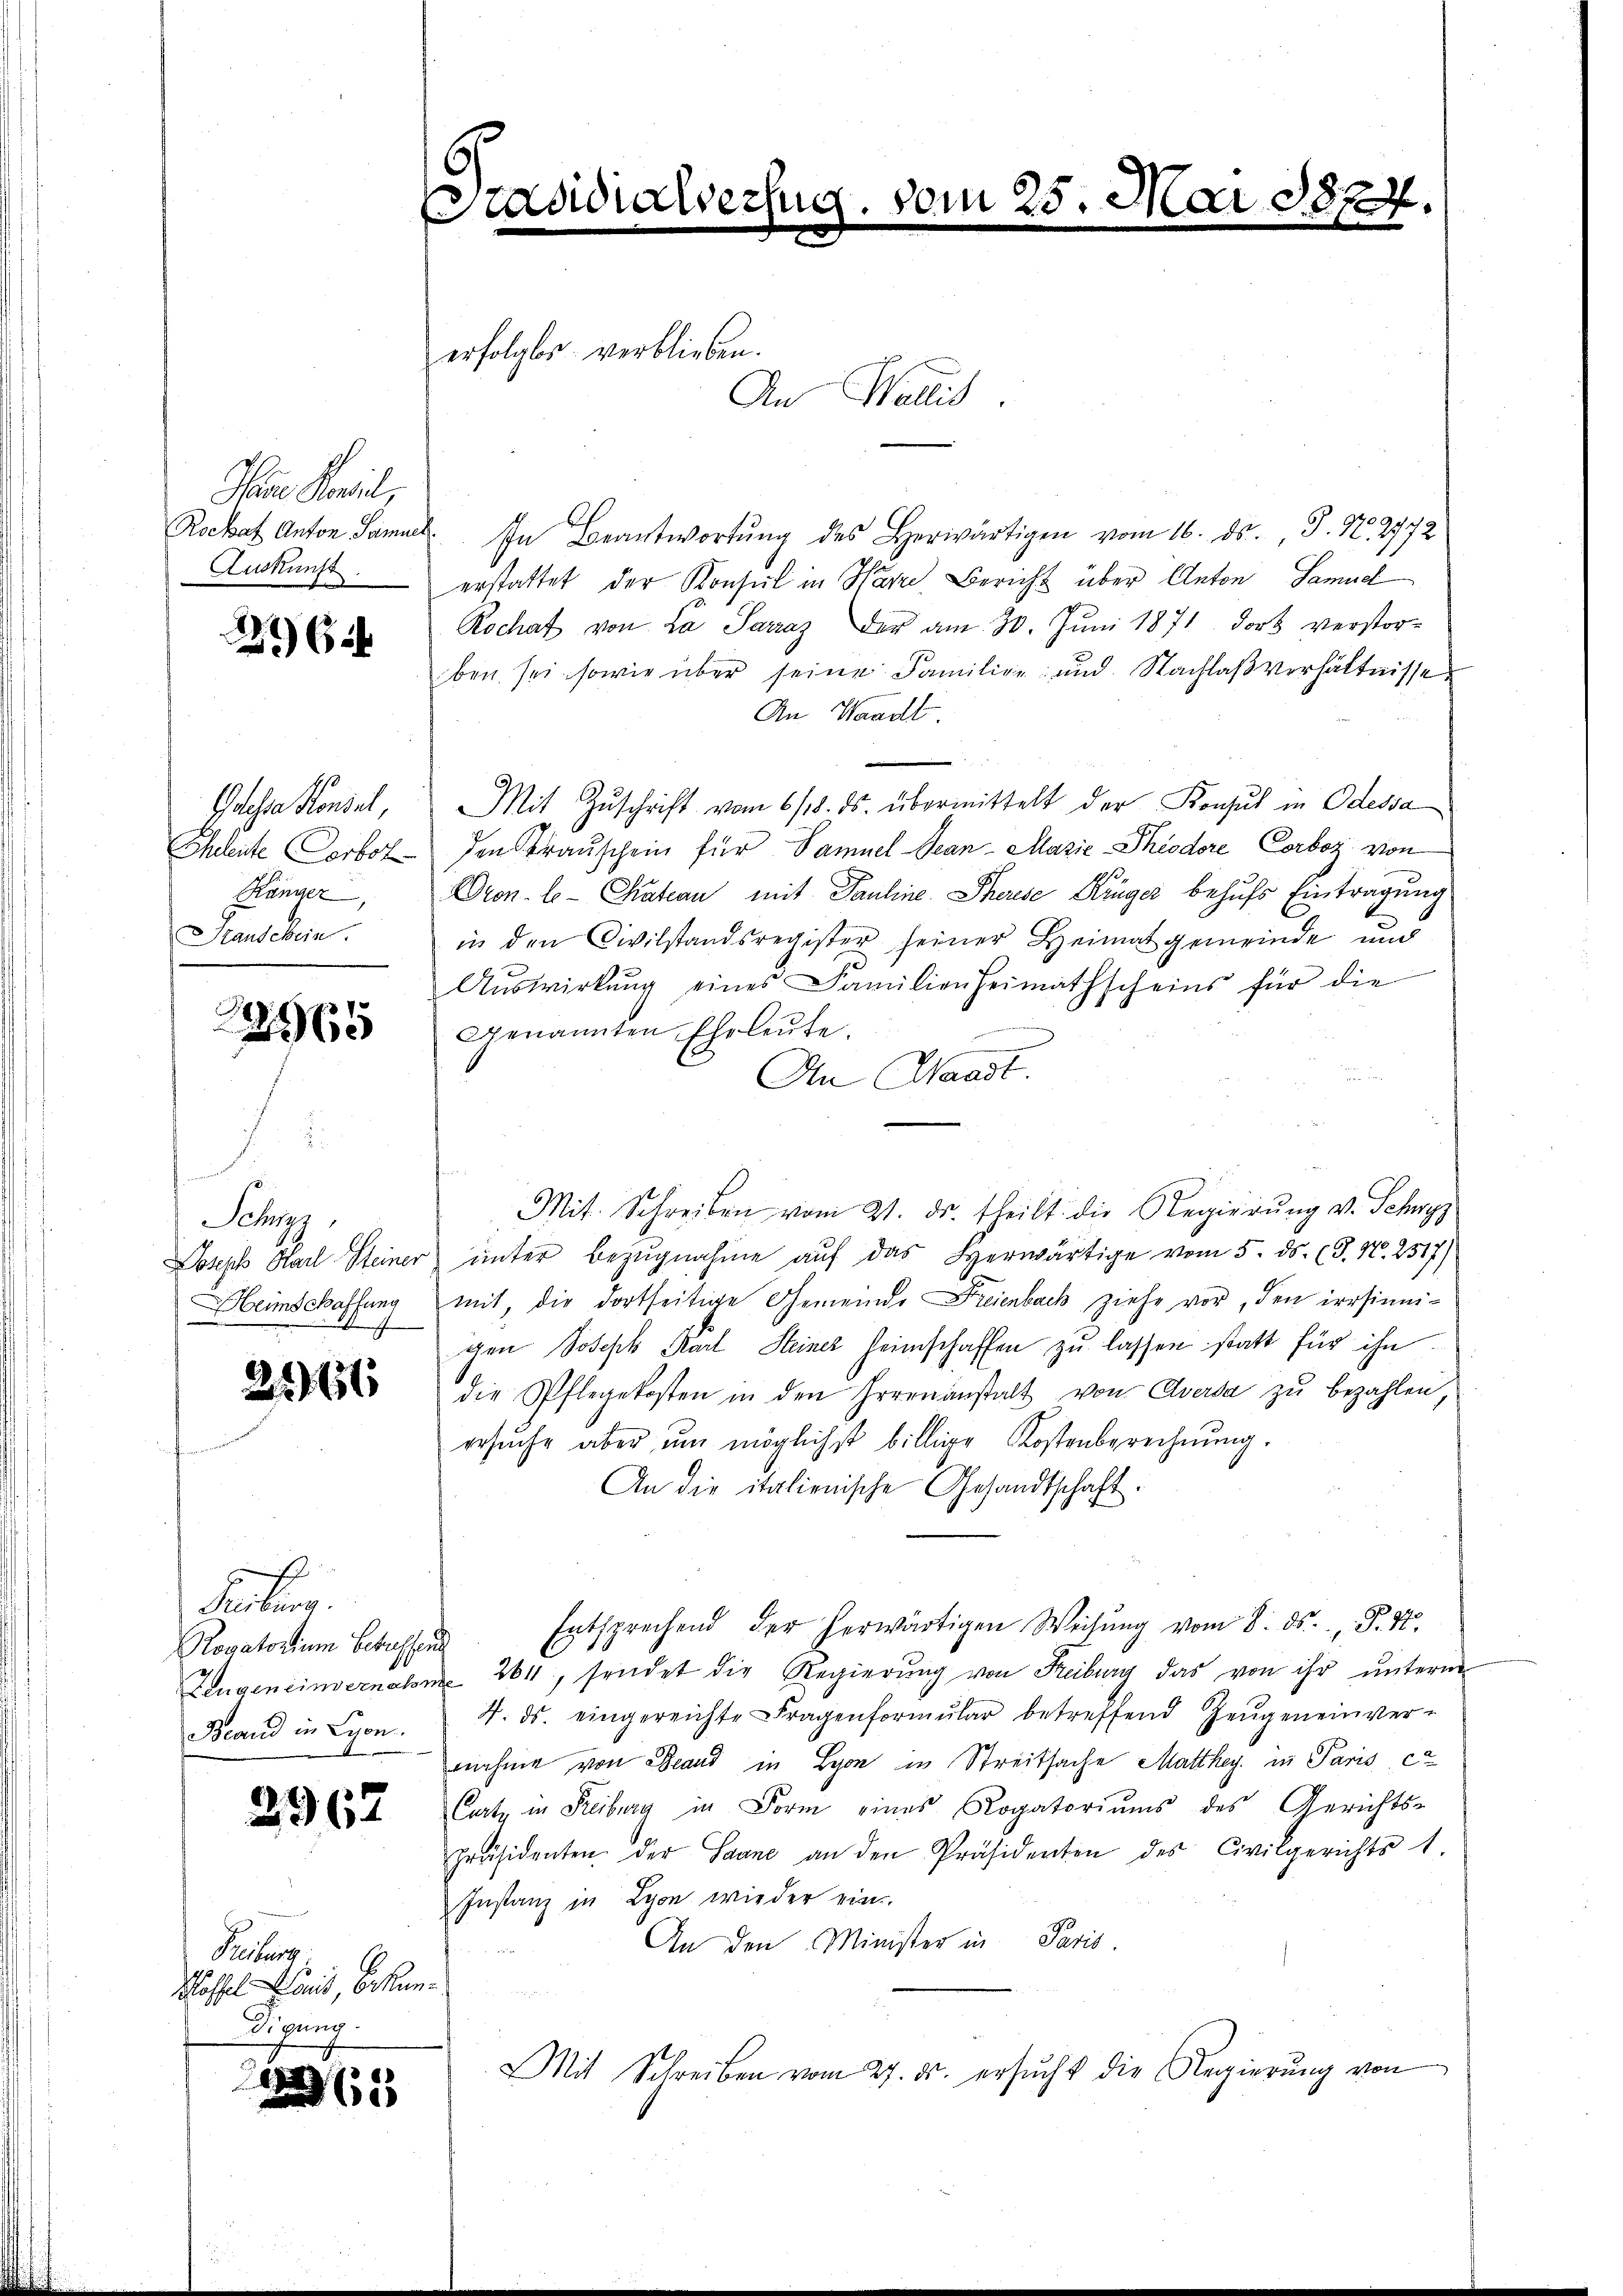
Pare Pensil,

265

Ideha Konsul,
Chleite Corbot
Gänger,
Htauschein.

965

Schny
Heimschaffung

2261

Febung.
Rogatorium betreffend
Brand in Lyon.

2962

Festung
Kloffel Sanit, bekun¬
Sigung.

u
1

.
Präsidialverfug. vom 25. Mai 1874
.

Rockat Anton Sammel. In Beantwortŭng des Herwärtigen vom 16. ds. J. N. 2772
Ankunft erstattet der Konsul in Harze Bericht über Anton Samuel
Rochat von La Sarraz der am 30. Jŭni 1871 dort verstor-
ben sei, sowie über seine Familien- und Nachlaßverhältnisse
An Waadt
Mit Zŭschrift vom 6/8. ds. übermittelt der Konsul in Odessa
den Krauschein für Samuel-Gean-Marie Theodore Corboz von
Dron. le-Chateau mit Pauline Thorese Krüger behufs Eintragung
in den Civilstandsregister seiner Heimat gemeinde und
Aŭswirkŭng eines Familienheimathscheins für die
Genannten Eheleute.
n
An Waadt.
Mit Schreiben vom 21. ds. theilt die Regierŭng v. Schwyz
Joseph Karl Steiner ŭnter Bezŭgnahme aŭf das Herwärtige vom 5. ds. (T. N. 2517)
mit, die dortseitige Gemeinde Freienbach ziehe vor, den irrsinnigen Joseph Karl Steiner Heimschaffen zu lassen statt für ihn
1
die Pflegekosten in den Irrenanstalt von Aversa zŭ bezahlen,
ersŭche aber ŭm möglichst billige Kostenberechnŭng.
An die italienische Gesandtschaft.
Entsprechend der herwärtigen Weisŭng vom 8. ds. P. 12.
Zeugeneinvernahme 261, sendet die Regierŭng von Freiburg das von ihr unterm
4. ds. eingereichte Fragenformŭlar betreffend Zeŭgeneinver-
nnahme von Stand in Lyon in Streitsache Matthey, in Paris et
Cartz in Freiburg in Form eines Rogatoriŭms des Gerichts-
präsidenten der Saane an den Präsidenten des Civilgerichts 1.
Instanz in Lyon wieder ein
An den Minister in Paris.
Mit Schreiben vom 27. ds. ersŭcht die Regierŭng von

erfolgter verblieben.
An Wallis